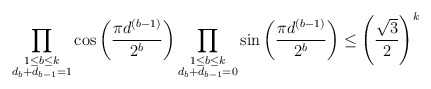
\begin{align*}\prod_{\substack{1\leq b \leq k\\ d_b + d_{b - 1} = 1}} \cos\left(\dfrac{\pi d^{(b - 1)}}{2^{b}}\right)\prod_{\substack{1 \leq b \leq k\\ d_b + d_{b - 1} = 0}} \sin\left(\dfrac{\pi d^{(b - 1)}}{2^{b}}\right) \leq \left(\frac{\sqrt{3}}{2}\right)^k\end{align*}